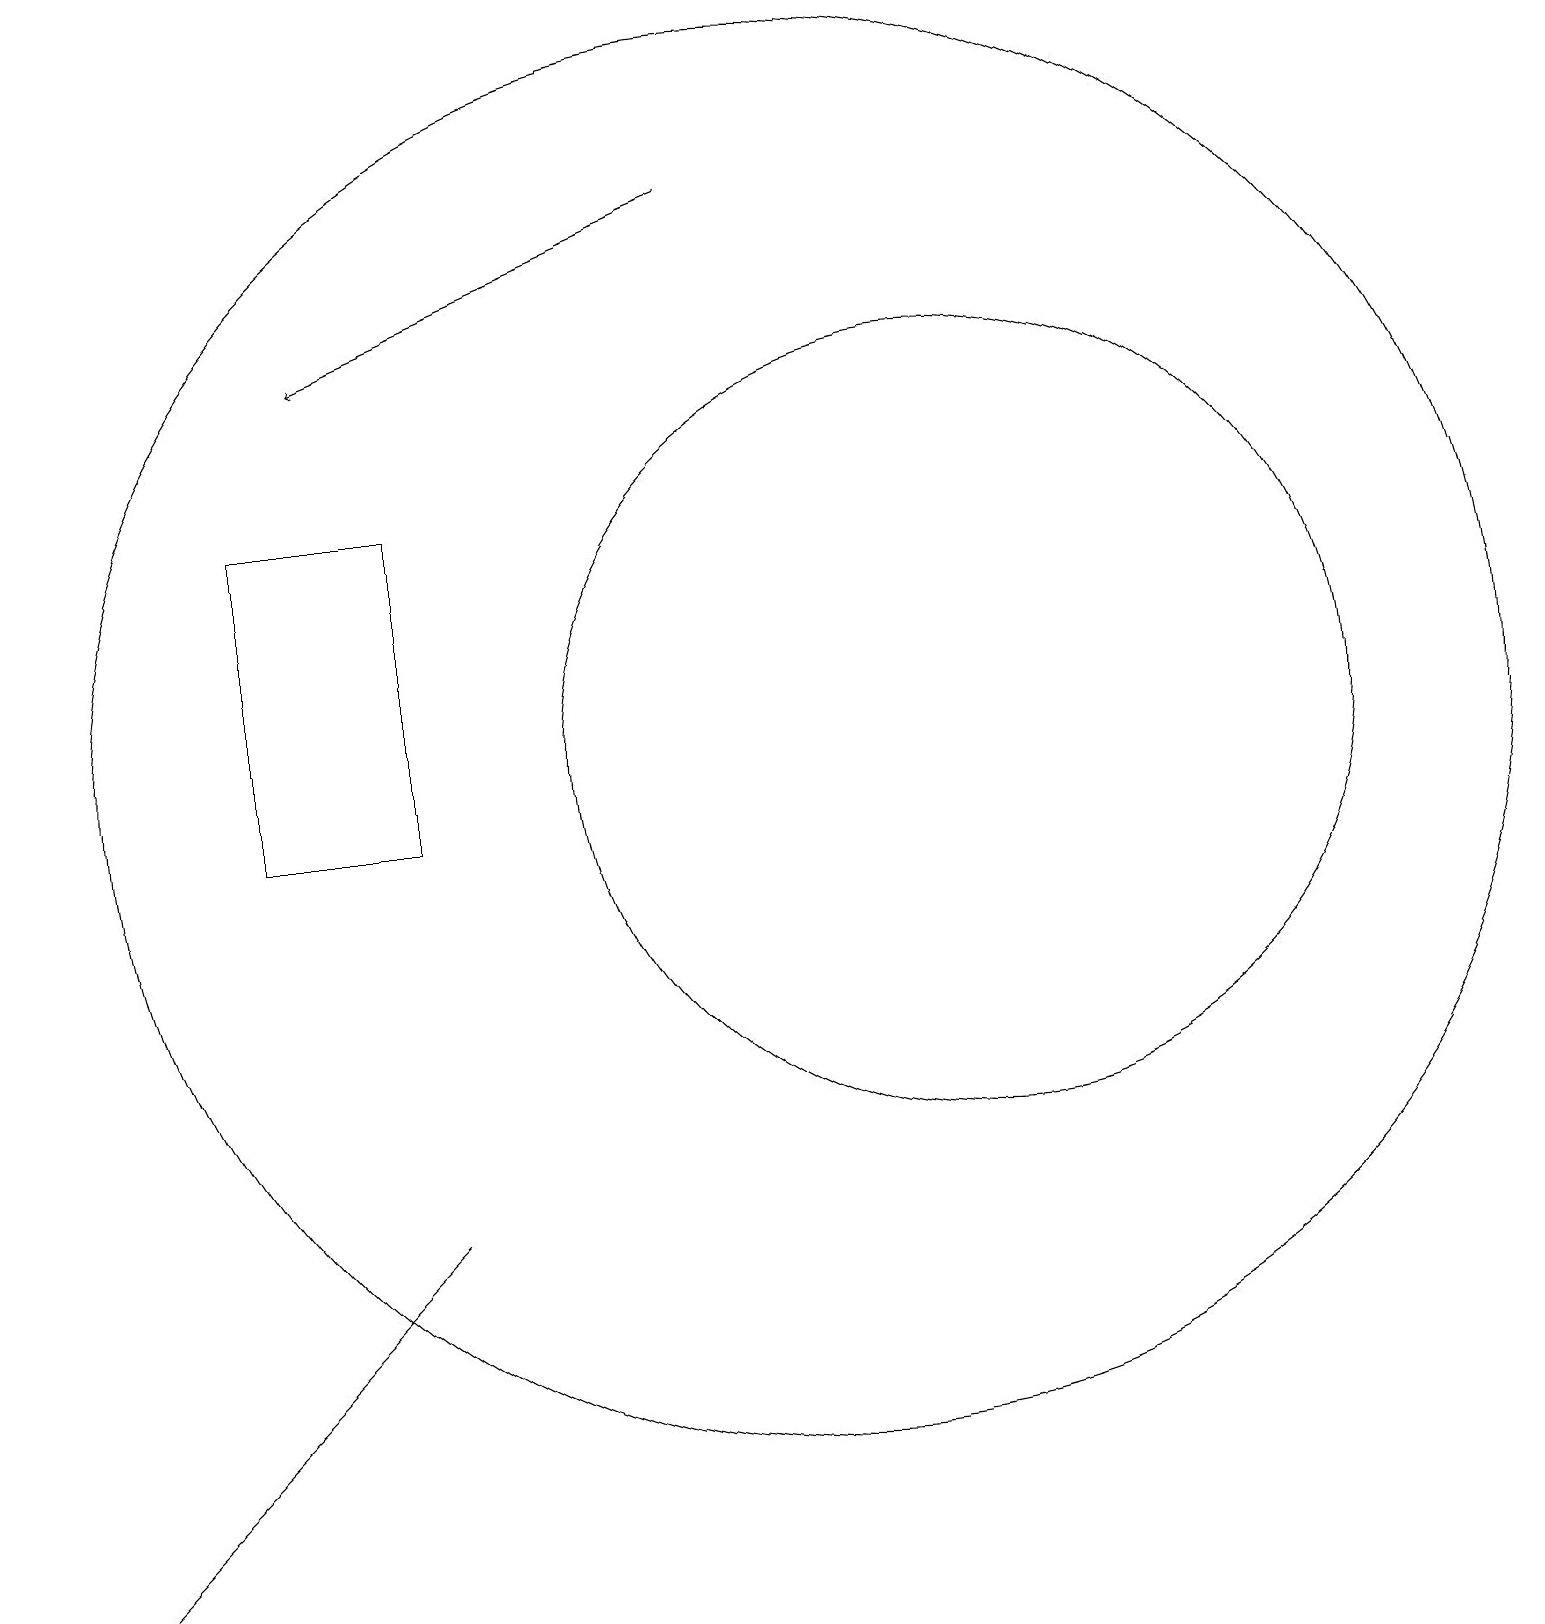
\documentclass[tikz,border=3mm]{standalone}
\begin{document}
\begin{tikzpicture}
\draw[->] (9,18) -- (4,16);
\draw (0,0) -- (0,0) -- (5,5) -- cycle;
\draw (10,11) circle (9);
\draw (12,11) circle (5);
\draw (3,14) rectangle (5,10);
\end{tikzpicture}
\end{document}